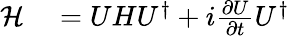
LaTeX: \begin{array}{rl}{\mathcal H}&{{}=UHU^{\dagger}+i\frac{\partial U}{\partial t}U^{\dagger}}\end{array}